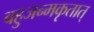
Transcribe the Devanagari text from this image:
बहुजन्मकृतात्